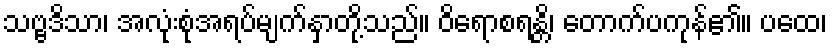
သဗ္ဗဒိသာ၊ အလုံးစုံအရပ်မျက်နှာတို့သည်။ ဝိရောစရန္တိ၊ တောက်ပကုန်၏။ ပထေ၊